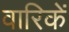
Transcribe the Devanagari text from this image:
वारिकें